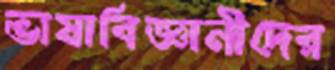
ভাষাবিজ্ঞানীদের